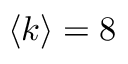
\langle k \rangle = 8